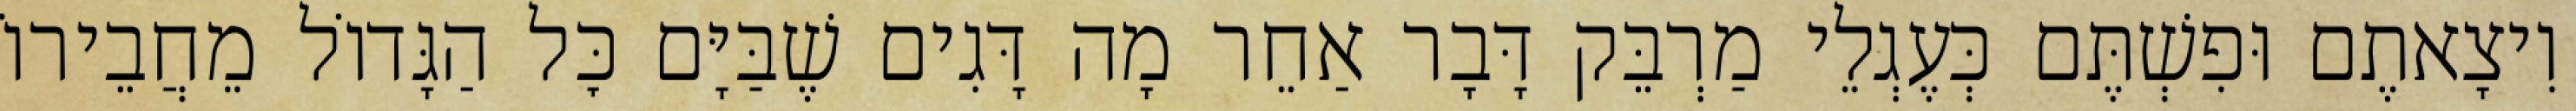
וִיצָאתֶם וּפִשְׁתֶּם כְּעֶגְלֵי מַרְבֵּק דָּבָר אַחֵר מָה דָּגִים שֶׁבַּיָּם כׇּל הַגָּדוֹל מֵחֲבֵירוֹ